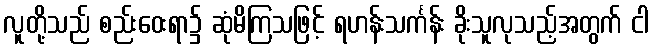
လူတို့သည် စည်းဝေးရာ၌ ဆုံမိကြသဖြင့် ရဟန်းသင်္ကန်း ခိုးသူလုသည့်အတွက် ငါ